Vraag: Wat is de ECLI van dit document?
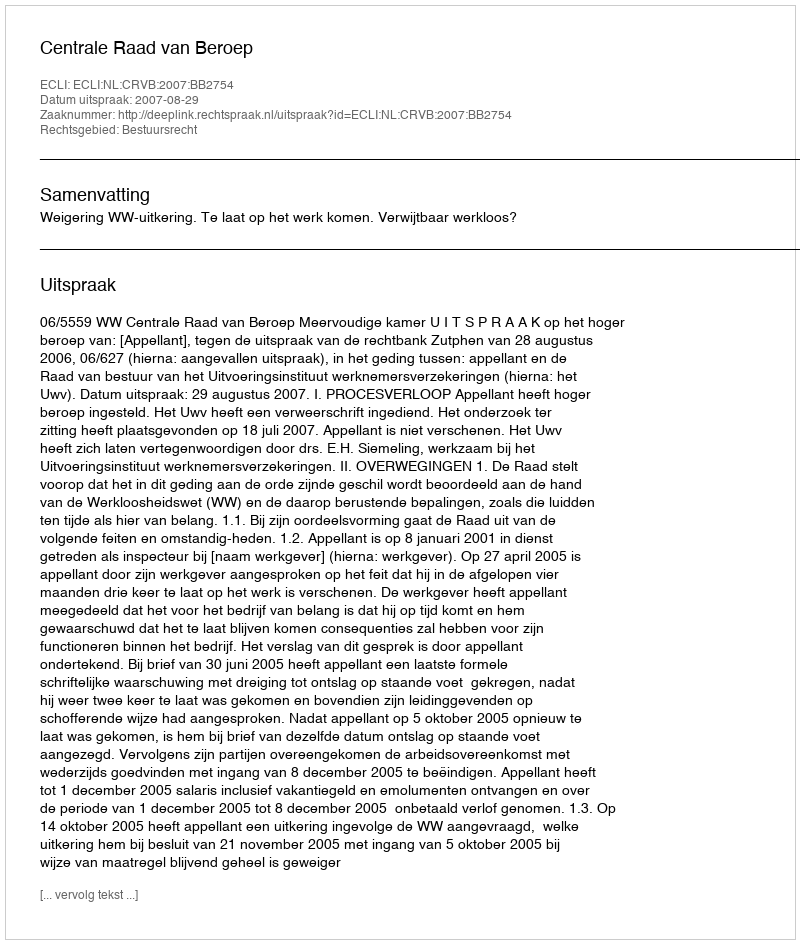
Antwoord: ECLI:NL:CRVB:2007:BB2754